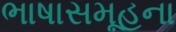
ભાષાસમૂહના